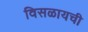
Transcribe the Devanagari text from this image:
विसळायची